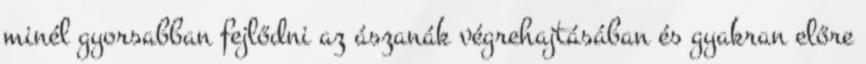
minél gyorsabban fejlődni az ászanák végrehajtásában és gyakran előre